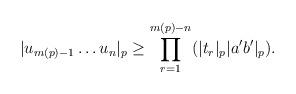
LaTeX: \begin{align*} |u_{m(p)-1}\dots u_n|_p \geq \prod^{m(p)-n}_{r=1}(|t_r|_p|a'b'|_p).\end{align*}